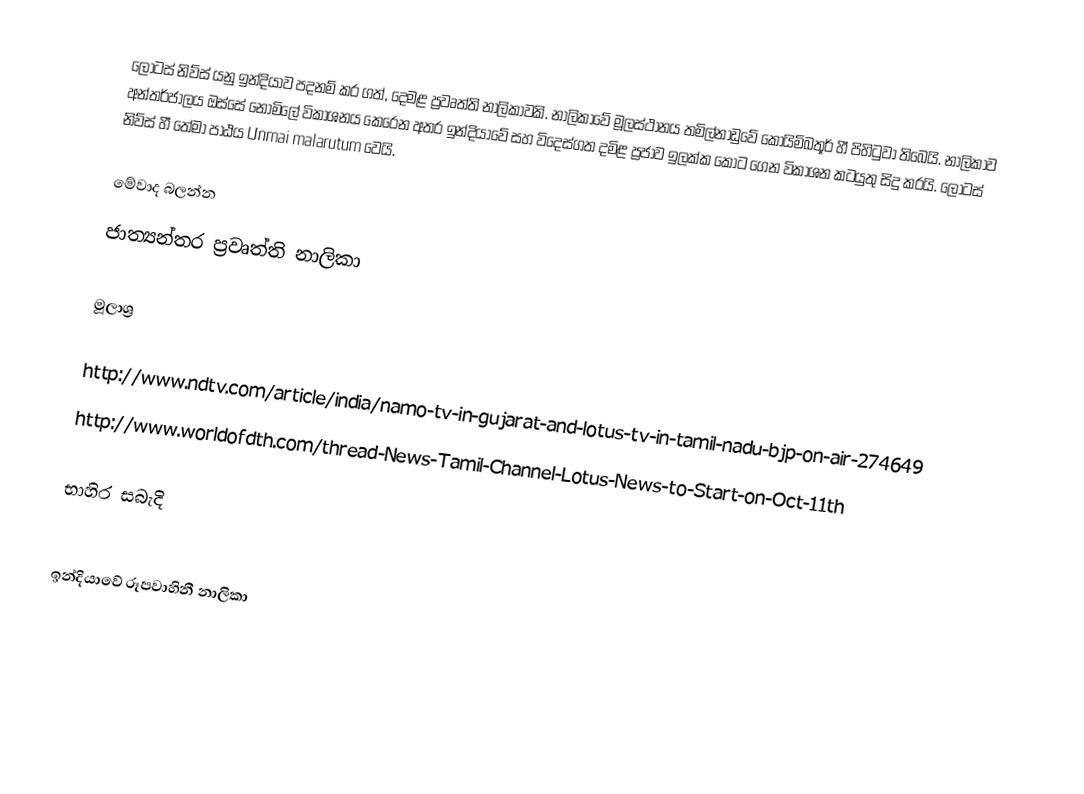
ලෝටස් නිව්ස් යනු ඉන්දියාව පදනම් කර ගත්, දෙමළ ප්‍රවෘත්ති නාලිකාවකි. නාලිකාවේ මූලස්ථානය තමිල්නාඩුවේ කොයිම්බතූර් හී පිහිටුවා තිබෙයි. නාලිකාව අන්තර්ජාලය ඔස්සේ නොමිලේ විකාශනය කෙරෙන අතර ඉන්දියාවේ සහ විදෙස්ගත දමිළ ප්‍රජාව ඉලක්ක කොට ගෙන විකාශන කටයුතු සිදු කරයි. ලෝටස් නිව්ස් හී තේමා පාඨය Unmai malarutum වෙයි.

මේවාද බලන්න
 ජාත්‍යන්තර ප්‍රවෘත්ති නාලිකා

මූලාශ්‍ර

http://www.ndtv.com/article/india/namo-tv-in-gujarat-and-lotus-tv-in-tamil-nadu-bjp-on-air-274649
http://www.worldofdth.com/thread-News-Tamil-Channel-Lotus-News-to-Start-on-Oct-11th

භාහිර සබැදි

ඉන්දියාවේ රූපවාහිනී නාලිකා